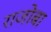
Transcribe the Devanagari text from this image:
राजोबा